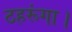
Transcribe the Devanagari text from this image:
ठहरूंगा।